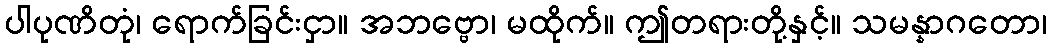
ပါပုဏိတုံ၊ ရောက်ခြင်းငှာ။ အဘဗ္ဗော၊ မထိုက်။ ဤတရားတို့နှင့်။ သမန္နာဂတော၊